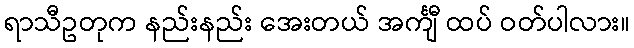
ရာသီဥတုက နည်းနည်း အေးတယ် အင်္ကျီ ထပ် ဝတ်ပါလား။